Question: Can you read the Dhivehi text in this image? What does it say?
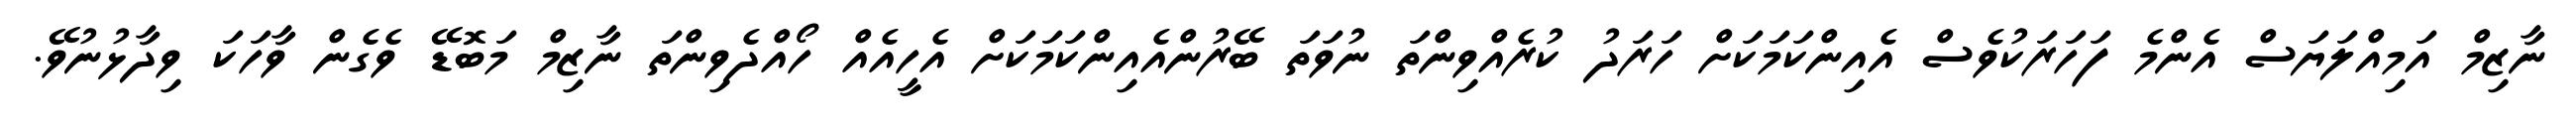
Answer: ނާޒިމް އަމިއްލަޔަސް އެންމެ ފަހަރަކުވެސް އެއިންކަމަކަށް ހަރަދު ކުރެއްވިންތަ ނުވަތަ ބޭރުންއެއިންކަމަކަށް އެހީއެއް ހޯއްދެވިންތަ ނާޒިމް މަބޮޑޭ ވެގެން ވާހަކަ ވިދާޅުނުވޭ.